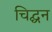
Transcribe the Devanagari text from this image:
चिद्घन